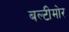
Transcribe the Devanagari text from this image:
बल्टीमोर